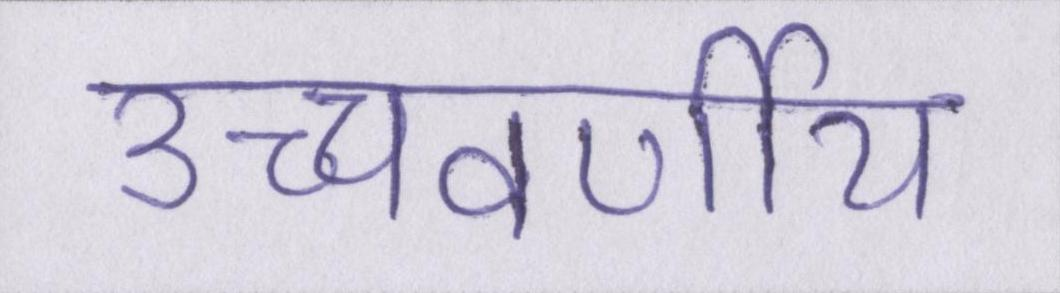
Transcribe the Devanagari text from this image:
उच्चवर्णीय